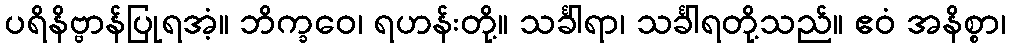
ပရိနိဗ္ဗာန်ပြုရအံ့။ ဘိက္ခဝေ၊ ရဟန်းတို့။ သင်္ခါရာ၊ သင်္ခါရတို့သည်။ ဧဝံ အနိစ္စာ၊